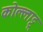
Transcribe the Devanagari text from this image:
कोल्लाट्टू